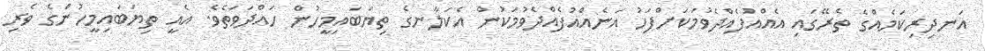
އަނދިރިކަމެއްގެ ތެރޭގައި އެއްއުފެއްދެވުމަކަށްފަހު އަނެއްއުފެއްދެވުމަކުން އެކަލާނގެ ތިޔަބައިމީހުން ހައްދަވަތެވެ. އެއީ ތިޔަބައިމީހުންގެ ވެރި